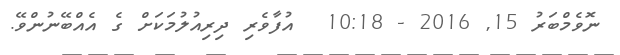
ނޮވެމްބަރު 15